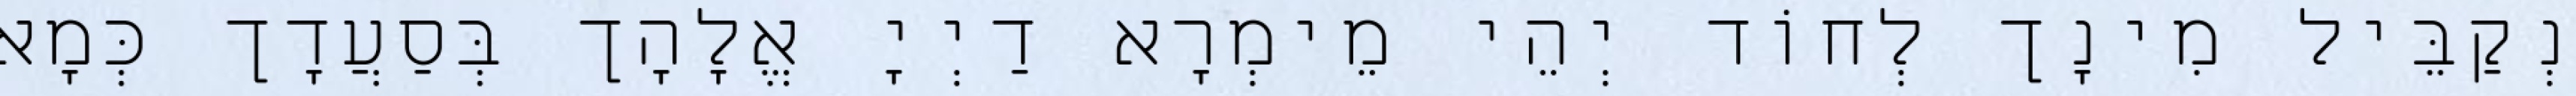
נְקַבֵּיל מִינָך לְחוֹד יְהֵי מֵימְרָא דַיְיָ אֱלָהָך בְּסַעֲדָך כְּמָא